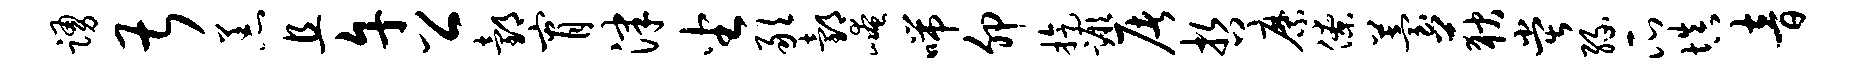
踊甚恙且午公邰宵津坐敢邰崦喘卯旋蹶屠哲縻僚苔荻堂缘瓜填音